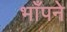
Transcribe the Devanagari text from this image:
भाँपने